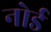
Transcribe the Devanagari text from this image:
नोर्ड